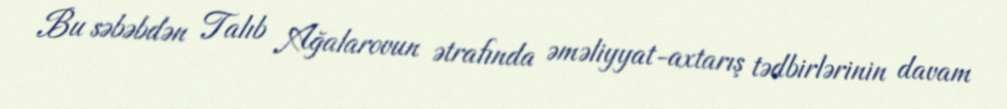
Bu səbəbdən Talıb Ağalarovun ətrafında əməliyyat-axtarış tədbirlərinin davam